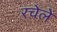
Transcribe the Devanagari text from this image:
रचेले